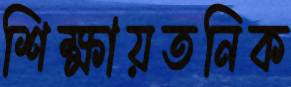
শিক্ষায়তনিক